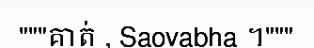
"""គាត់ , Saovabha ។"""